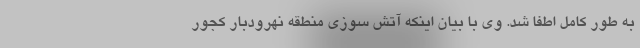
به طور کامل اطفا شد. وی با بیان اینکه آتش سوزی منطقه نهرودبار کجور